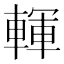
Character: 䡣